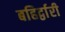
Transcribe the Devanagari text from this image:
बहिर्द्वारी